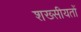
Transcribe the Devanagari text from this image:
शख्सीयतों